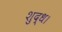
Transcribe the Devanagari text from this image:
शुद्ध।